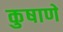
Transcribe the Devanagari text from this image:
कुषाणे